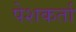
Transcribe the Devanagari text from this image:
पेशकर्ता